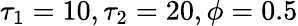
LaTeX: \tau_{1}=10,\tau_{2}=20,\phi=0.5